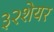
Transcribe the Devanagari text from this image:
३२शेयर